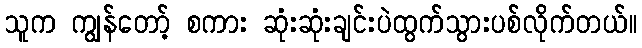
သူက ကျွန်တော့် စကား ဆုံးဆုံးချင်းပဲထွက်သွားပစ်လိုက်တယ်။